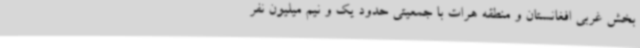
بخش غربی افغانستان و منطقه هرات با جمعیتی حدود یک و نیم میلیون نفر